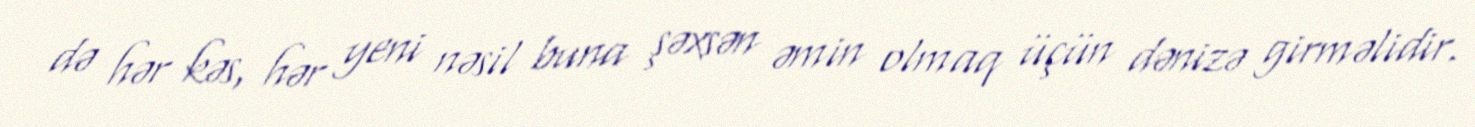
də hər kəs, hər yeni nəsil buna şəxsən əmin olmaq üçün dənizə girməlidir.